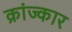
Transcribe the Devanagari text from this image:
क्रांज्कार